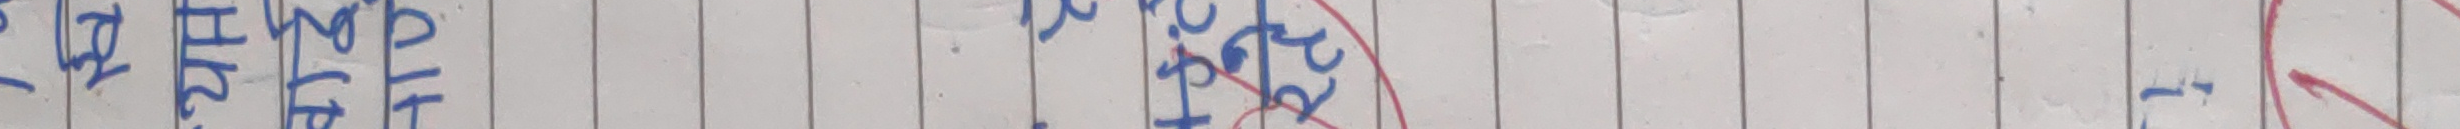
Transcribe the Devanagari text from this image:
हृदय रोग